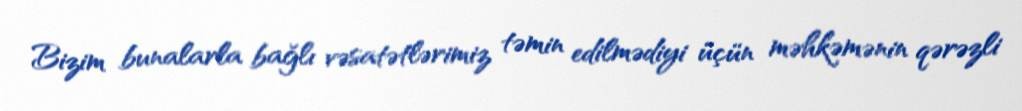
Bizim bunalarla bağlı vəsatətlərimiz təmin edilmədiyi üçün məhkəmənin qərəzli